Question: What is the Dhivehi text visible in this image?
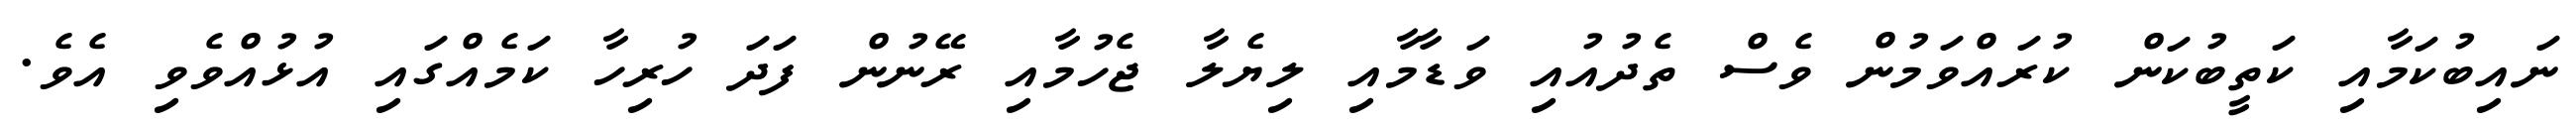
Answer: ނައިބުކަމާއި ކަތީބުކަން ކުރައްވަމުން ވެސް ތެދުއުއި ވަޑާމާއި ލިޔެލާ ޖެހުމާއި ރޭނުން ފަދަ ހުރިހާ ކަމެއްގައި އުޅުއްވެވި އެވެ.